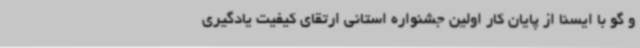
و گو با ایسنا از پایان کار اولین جشنواره استانی ارتقای کیفیت یادگیری